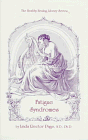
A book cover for Fatigue Syndrome (Healthy Healing Library); Linda Rector-Page; Health, Fitness & Dieting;